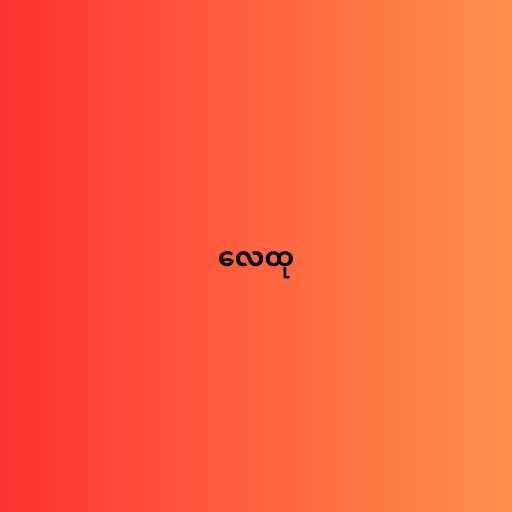
လေထု